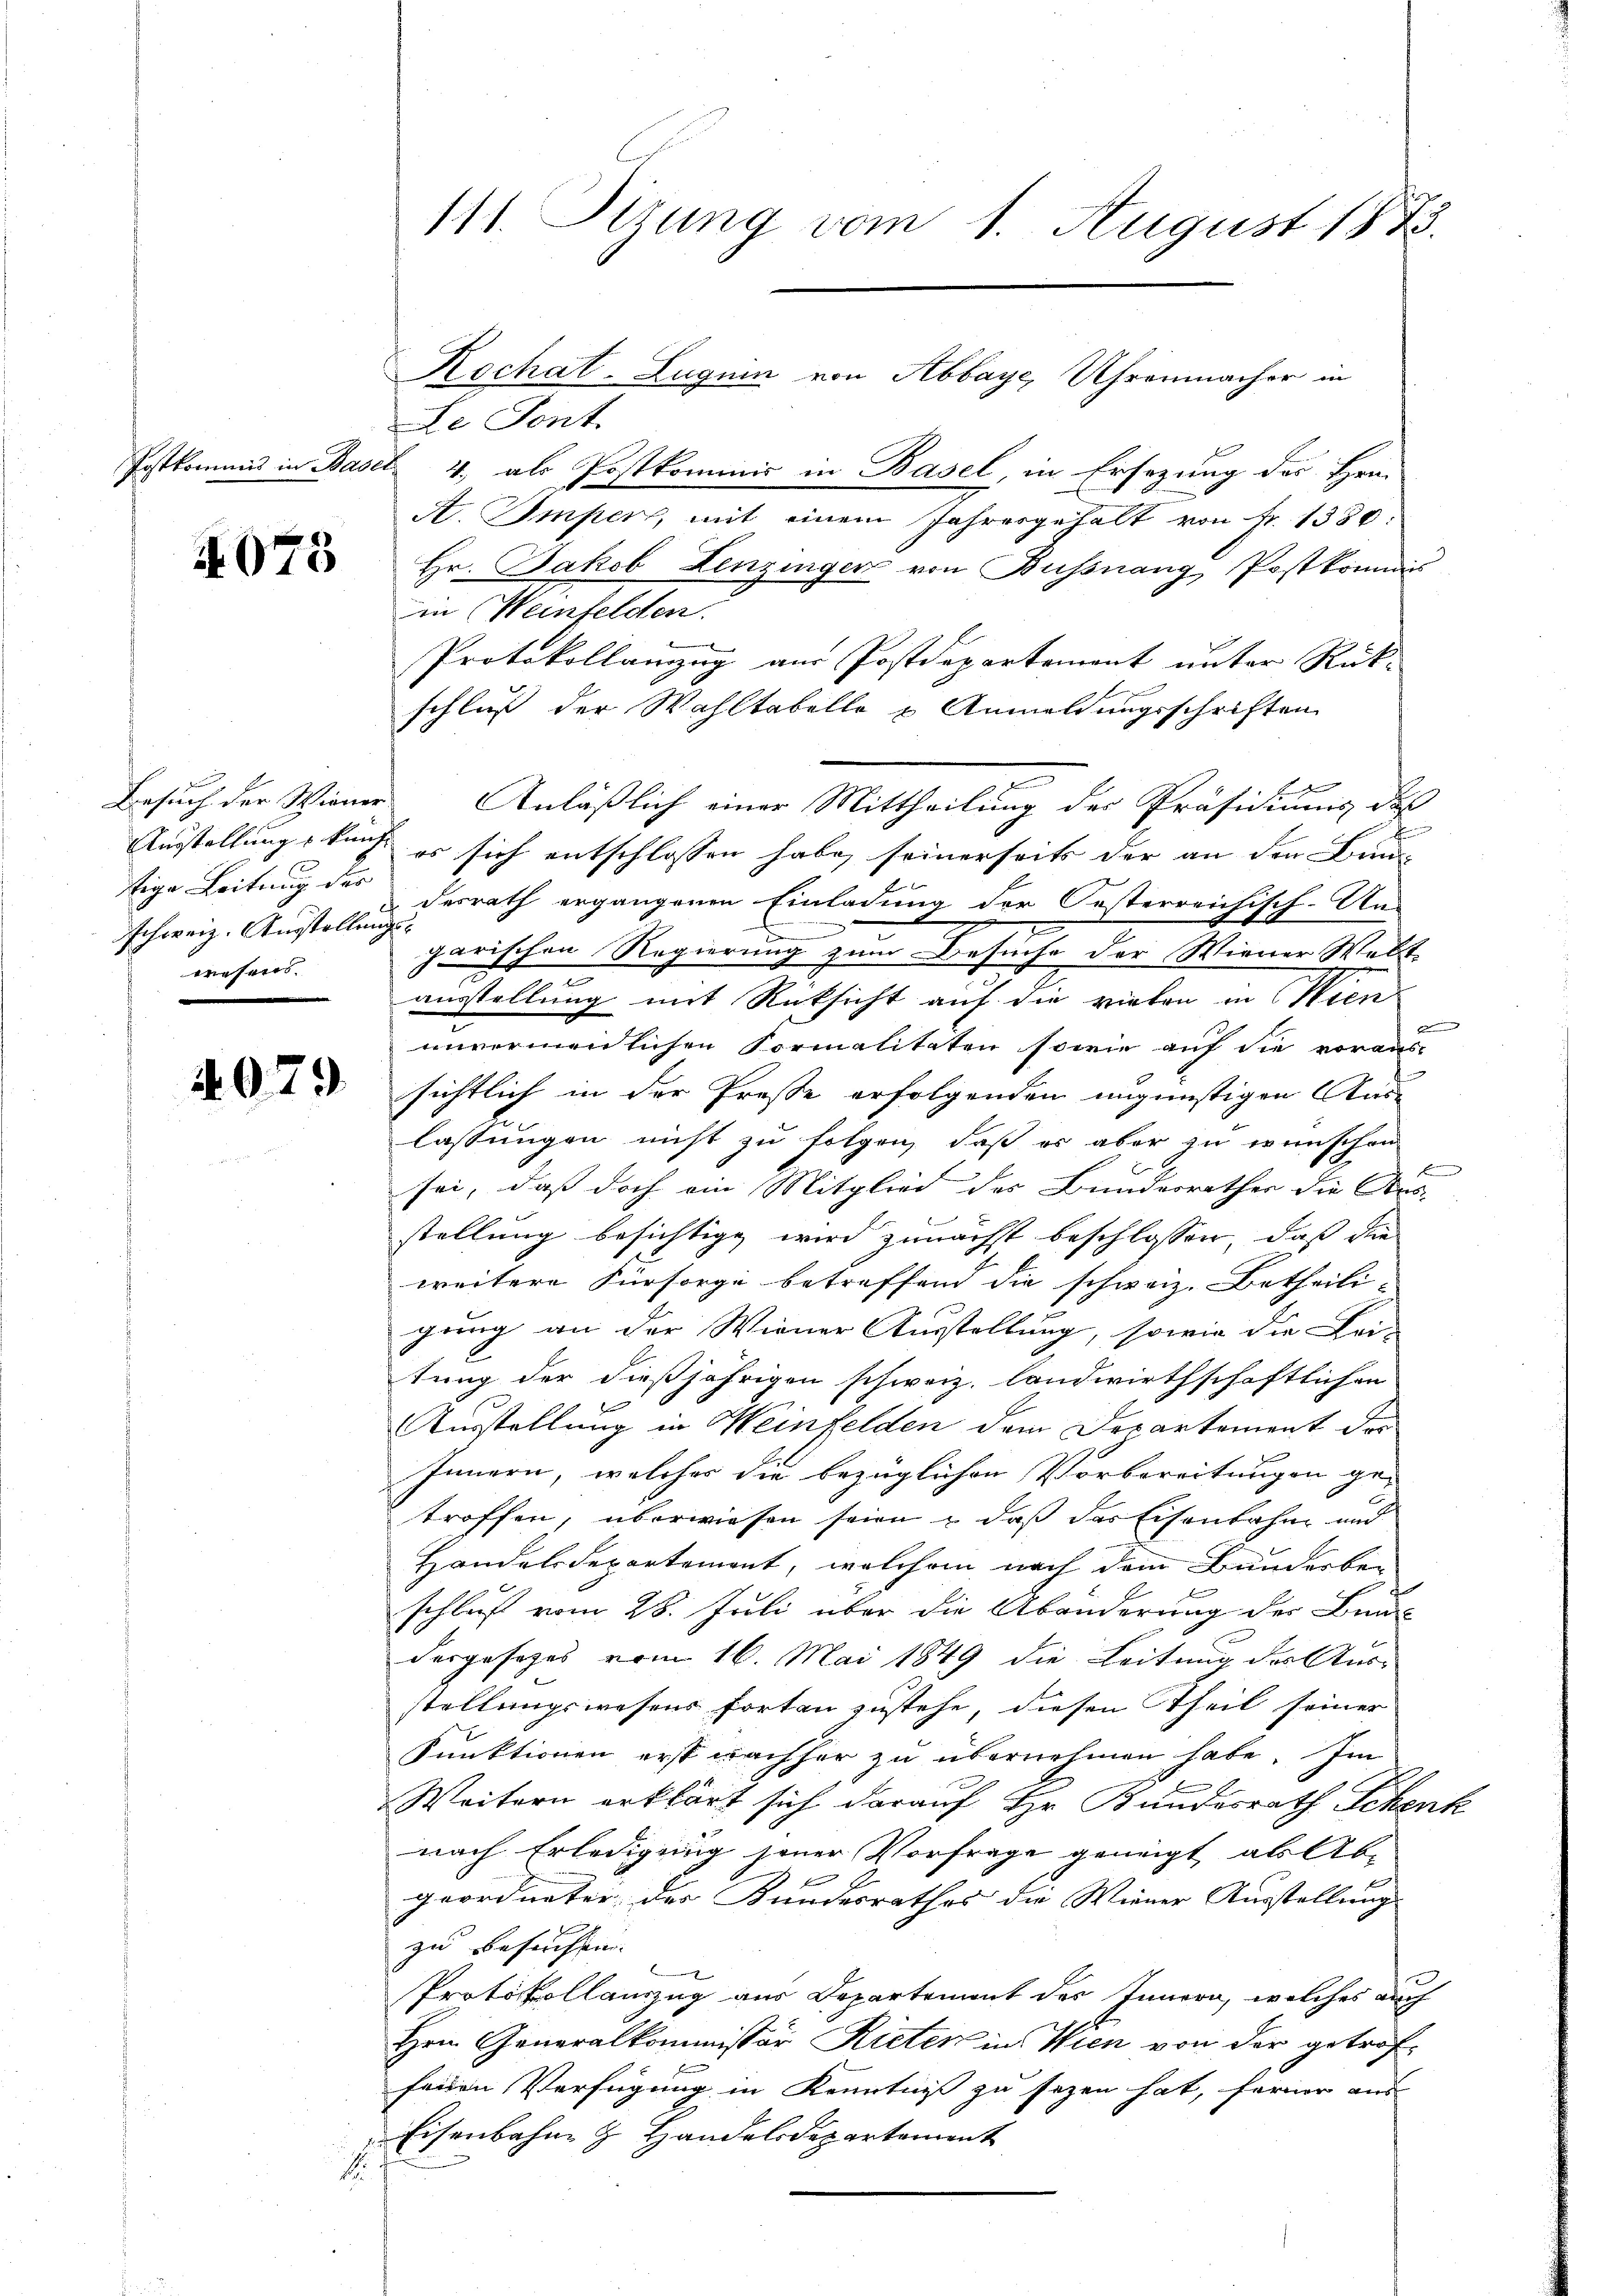
4075

tige Leitung der
schweiz. Ausstellungs-
wesens.

Le Sont.
Postkommis in Basel 4., als Postkommis in Basel, in Ersezung des Hrn.
A. Imper, mit einem Jahresgehalt von Fr. 1330:
Hr. Jakob Lenzinger von Bussnang, Postkommis
in Weinfelden.
Protokollanzug aus Postdepartement unter Rück-
schluß der Wahltabelle u Anmeldungsschriften
e
Besuch der Wiener Anläßlich einer Mittheilung der Präsidiums, daß
Austellungskunft es sich entschlossen habe, seinerseits der an den Bau-
desrath ergangenen Einladung der Oesterreichisch-Ung
garischen Regierung zum Besuche der Wiener Welt-
.
ausstellung mit Rücksicht auf die vielen in Wien
d
unvermeidlichen Formalitäten sowie auf die voraus-
 d sichtlich in der Preße erfolgenden ungünstigen Aus-
lassungen nicht zu folgen, daß es aber zu wünschen
f
sei, daß doch ein Mitglied des Bundesrathes die Aus-
stellung besichtige wird zunächst beschlossen, daß die
weitere Fürsorge betreffend die schweiz. Betheili-
gung an der Wiener Ausstellung, sowie die Bei-
tung der dießjährigen schweiz. landwirthschaftlichen
5
Ausstellung in Weinfelden dem Departement der
Innern, welcher die bezüglichen Vorbereitungen ge-
troffen, überwiesen seien, daß das Eisenbahn und
Handels-Departement, welchem nach dem Bunderber
schluß vom 28. Juli über die Abänderung des Bunde
dergesetzes vom 16. Mai 1849 die Leitung des Aus-
stellungswesens forten zustehe, diesen Theil seiner
Sunktionen erst wachher zu übernehmen habe. Im
Weitern erklärt sich darauf Hr. Bundesrath Schenk
nach Erledigung jener Vorfrage geneigt ab Abgeordneter der Kundesrathes die Wiener Ausstellung |
zu Besuchen. |

Protokollanzug aus Departement des Innern, welches auch
Hrn. Generalkommissär Rieten in Wien von der getroffeinen Verfügung in Kenntniß zu sezen hat, ferner aus
Eisenbahn & Handelsdepartement
1

111. Sitzung vom 1. August 1875.

Kochat-Luguin von Abbaye, Uhrenmacher in